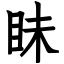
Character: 眛